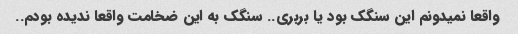
واقعا نمیدونم این سنگک بود یا بربری.. سنگک به این ضخامت واقعا ندیده بودم..